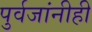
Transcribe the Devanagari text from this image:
पुर्वजांनीही